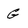
Character: G